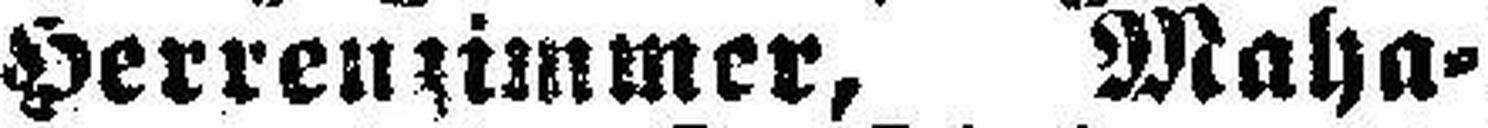
Herrenzimmer, Maha¬